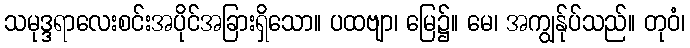
သမုဒ္ဒရာလေးစင်းအပိုင်အခြားရှိသော။ ပထဗျာ၊ မြေ၌။ မေ၊ အကျွန်ုပ်သည်။ တုဝံ၊